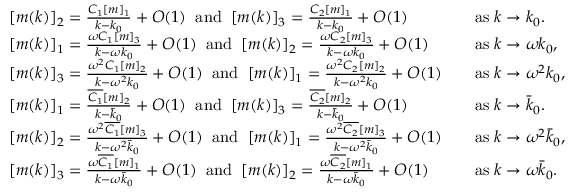
\begin{array} { r l r l } & { [ m ( k ) ] _ { 2 } = \frac { C _ { 1 } [ m ] _ { 1 } } { k - k _ { 0 } } + O ( 1 ) \; \; \mathrm { a n d } \; \; [ m ( k ) ] _ { 3 } = \frac { C _ { 2 } [ m ] _ { 1 } } { k - k _ { 0 } } + O ( 1 ) } & & { \mathrm { a s } \; k \to k _ { 0 } . } \\ & { [ m ( k ) ] _ { 1 } = \frac { \omega C _ { 1 } [ m ] _ { 3 } } { k - \omega k _ { 0 } } + O ( 1 ) \; \; \mathrm { a n d } \; \; [ m ( k ) ] _ { 2 } = \frac { \omega C _ { 2 } [ m ] _ { 3 } } { k - \omega k _ { 0 } } + O ( 1 ) } & & { \mathrm { a s } \; k \to \omega k _ { 0 } , } \\ & { [ m ( k ) ] _ { 3 } = \frac { \omega ^ { 2 } C _ { 1 } [ m ] _ { 2 } } { k - \omega ^ { 2 } k _ { 0 } } + O ( 1 ) \; \; \mathrm { a n d } \; \; [ m ( k ) ] _ { 1 } = \frac { \omega ^ { 2 } C _ { 2 } [ m ] _ { 2 } } { k - \omega ^ { 2 } k _ { 0 } } + O ( 1 ) } & & { \mathrm { a s } \; k \to \omega ^ { 2 } k _ { 0 } , } \\ & { [ m ( k ) ] _ { 1 } = \frac { \overline { { C _ { 1 } } } [ m ] _ { 2 } } { k - \bar { k } _ { 0 } } + O ( 1 ) \; \; \mathrm { a n d } \; \; [ m ( k ) ] _ { 3 } = \frac { \overline { { C _ { 2 } } } [ m ] _ { 2 } } { k - \bar { k } _ { 0 } } + O ( 1 ) } & & { \mathrm { a s } \; k \to \bar { k } _ { 0 } . } \\ & { [ m ( k ) ] _ { 2 } = \frac { \omega ^ { 2 } \overline { { C _ { 1 } } } [ m ] _ { 3 } } { k - \omega ^ { 2 } \bar { k } _ { 0 } } + O ( 1 ) \; \; \mathrm { a n d } \; \; [ m ( k ) ] _ { 1 } = \frac { \omega ^ { 2 } \overline { { C _ { 2 } } } [ m ] _ { 3 } } { k - \omega ^ { 2 } \bar { k } _ { 0 } } + O ( 1 ) } & & { \mathrm { a s } \; k \to \omega ^ { 2 } \bar { k } _ { 0 } , } \\ & { [ m ( k ) ] _ { 3 } = \frac { \omega \overline { { C _ { 1 } } } [ m ] _ { 1 } } { k - \omega \bar { k } _ { 0 } } + O ( 1 ) \; \; \mathrm { a n d } \; \; [ m ( k ) ] _ { 2 } = \frac { \omega \overline { { C _ { 2 } } } [ m ] _ { 1 } } { k - \omega \bar { k } _ { 0 } } + O ( 1 ) } & & { \mathrm { a s } \; k \to \omega \bar { k } _ { 0 } . } \end{array}